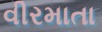
વીરમાતા